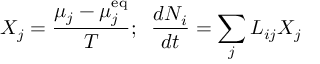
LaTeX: X _ { j } = { \frac { \mu _ { j } - \mu _ { j } ^ { \mathrm { { e q } } } } { T } } ; \; \; { \frac { d N _ { i } } { d t } } = \sum _ { j } L _ { i j } X _ { j }